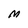
Character: M